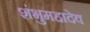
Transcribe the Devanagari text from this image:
शंभुमहादेव